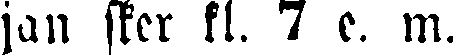
jan sker kl. 7 e. m.